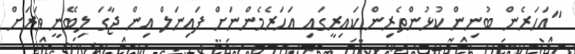
"އަހަރެން ބުނިން ކުޅުންތެރިން ކައިރީގައި އަހަރެެމެންނަށް ފައިނަލް އިން ޖާގަ ލިބޭނީ ވަރަށް